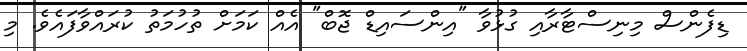
ޑިފެންސް މިނިސްޓާރާއި ގުޅުވާ "އިންސައިޑް ޖޮބް" އެއް ކަމަށް ތުހުމަތު ކުރައްވާފައެވެ. މި